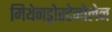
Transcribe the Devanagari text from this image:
मिथेनड्रोस्टेनोलेन